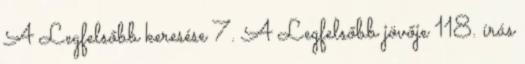
A Legfelsőbb keresése 7. A Legfelsőbb jövője 118. írás